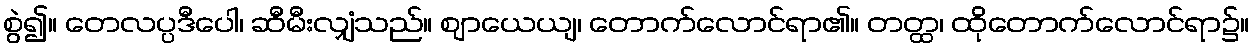
စွဲ၍။ တေလပ္ပဒီပေါ၊ ဆီမီးလျှံသည်။ ဈာယေယျ၊ တောက်လောင်ရာ၏။ တတ္ထ၊ ထိုတောက်လောင်ရာ၌။